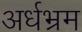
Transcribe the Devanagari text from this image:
अर्धभ्रम